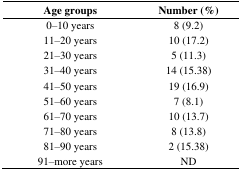
<table><thead><tr><td><b>Age groups</b></td><td><b>Number (%)</b></td></tr></thead><tbody><tr><td>0–10 years</td><td>8 (9.2)</td></tr><tr><td>11–20 years</td><td>10 (17.2)</td></tr><tr><td>21–30 years</td><td>5 (11.3)</td></tr><tr><td>31–40 years</td><td>14 (15.38)</td></tr><tr><td>41–50 years</td><td>19 (16.9)</td></tr><tr><td>51–60 years</td><td>7 (8.1)</td></tr><tr><td>61–70 years</td><td>10 (13.7)</td></tr><tr><td>71–80 years</td><td>8 (13.8)</td></tr><tr><td>81–90 years</td><td>2 (15.38)</td></tr><tr><td>91–more years</td><td>ND</td></tr></tbody></table>